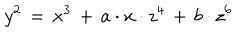
LaTeX: y ^ { 2 } \, = \, x ^ { 3 } \, + \, a \cdot x \cdot z ^ { 4 } \, + \, b \cdot z ^ { 6 }